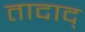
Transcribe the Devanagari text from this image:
तादाद्